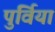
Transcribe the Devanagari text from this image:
पुर्विया